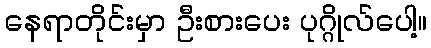
နေရာတိုင်းမှာ ဦးစားပေး ပုဂ္ဂိုလ်ပေါ့။